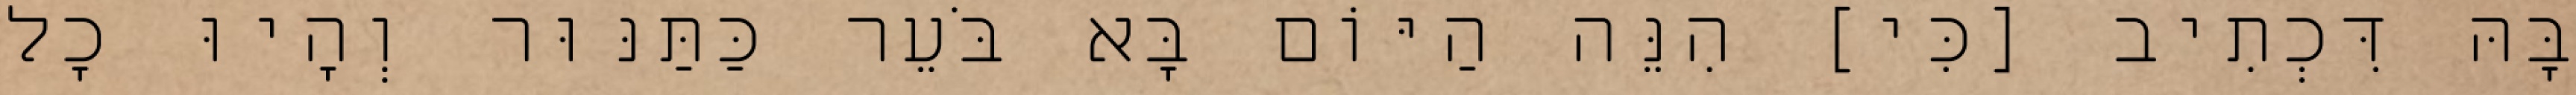
בָּהּ דִּכְתִיב [כִּי] הִנֵּה הַיּוֹם בָּא בֹּעֵר כַּתַּנּוּר וְהָיוּ כׇל